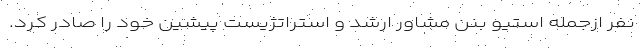
نفر ازجمله استیو بنن مشاور ارشد و استراتژیست پیشین خود را صادر کرد.